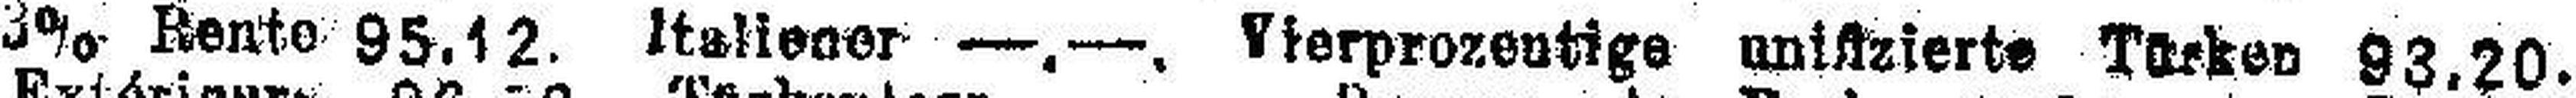
3% Rento 95.12. Italiener —.—. Vierprozentige unistzierte Türken 93.20